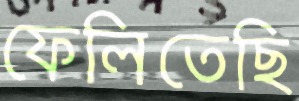
ফেলিতেছি